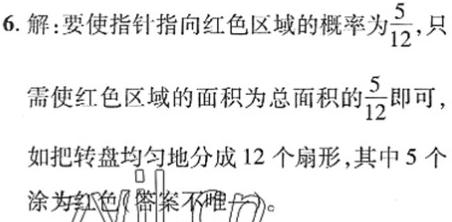
6. 解：要使指针指向红色区域的概率为$\frac{5}{12}$，只需使红色区域的面积为总面积的$\frac{5}{12}$即可，如把转盘均匀地分成 12 个扇形，其中 5 个涂为红色（答案不唯一）。